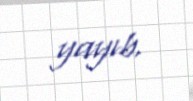
yayıb.